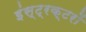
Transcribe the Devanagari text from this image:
इंस्ट्रक्टरों